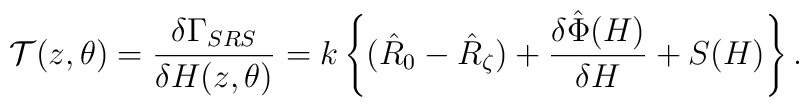
{\cal T}(z,\theta)=\frac{\delta\Gamma_{SRS}}{\delta H(z,\theta)}=k\left\{(\hat R_{0}-\hat R_{\zeta})+\frac{\delta\hat\Phi(H)}{\delta H}+S(H)\right\}.